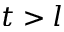
t > l